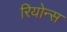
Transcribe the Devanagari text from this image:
रियोन्स